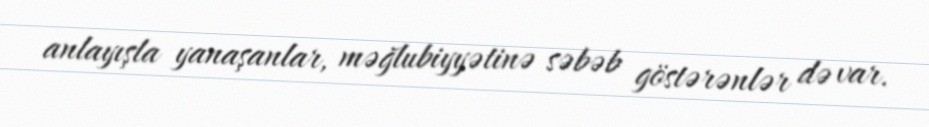
anlayışla yanaşanlar, məğlubiyyətinə səbəb göstərənlər də var.